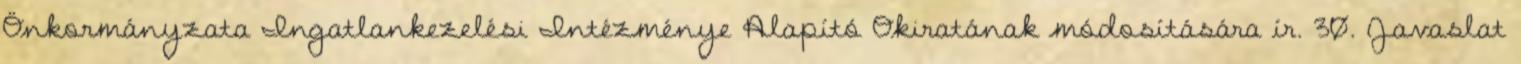
Önkormányzata Ingatlankezelési Intézménye Alapító Okiratának módosítására ír. 30. Javaslat